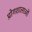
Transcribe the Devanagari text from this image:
प्रोगशालाओं